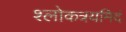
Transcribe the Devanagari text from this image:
श्लोकत्रयमिदं